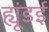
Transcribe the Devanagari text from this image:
ह्यूंडई